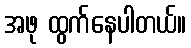
အဖု ထွက်နေပါတယ်။